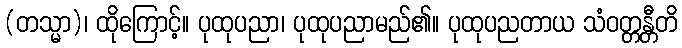
(တသ္မာ)၊ ထိုကြောင့်။ ပုထုပညာ၊ ပုထုပညာမည်၏။ ပုထုပညတာယ သံဝတ္တန္တီတိ